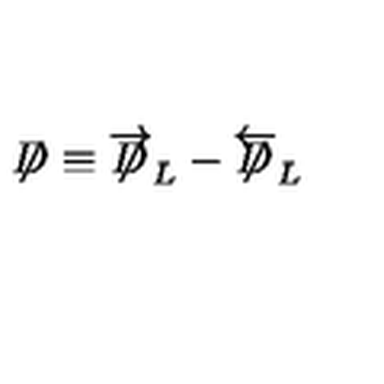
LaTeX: \not \! \! D \equiv \overrightarrow { \not \! \! D } _ { L } - \overleftarrow { \not \! \! D } _ { L }